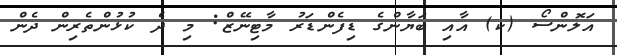
އަލޮންސޯ (ކ) އާއި ބަޔާންގެ ޑިފެންޑަރު މާޓިނޭޒް: މި ދެ ކުޅުންތެރިން ދެން